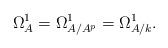
LaTeX: \begin{align*}\Omega^{1}_{A}=\Omega^{1}_{A/A^{p}}=\Omega^{1}_{A/k}. \end{align*}